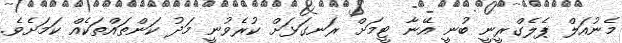
މެނުއަލް ޕެލެގްރީނީ ބުނީ އޭނާ ޓީމަށް ރަނގަޅަށް ކުރެވުނީ މަދު ކަންތައްތަކެއް ކަމަށެވެ.